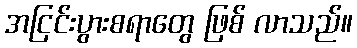
အငြင်းပွားစရာတွေ ဖြစ် လာသည်။